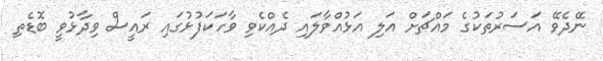
ނޭދެވޭ އަސަރުތަކުގެ މައްޗަށް އަލި އަޅުއްވާލައި ދެއްކެވި ވާހަކަފުޅުގައި ރައީސް ވިދާޅުވީ ބޮޑެތި